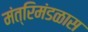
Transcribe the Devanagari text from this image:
मंत्रिमंडळास